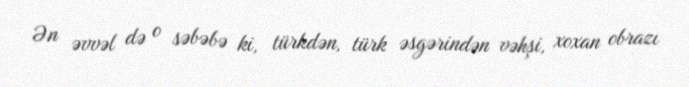
Ən əvvəl də o səbəbə ki, türkdən, türk əsgərindən vəhşi, xoxan obrazı